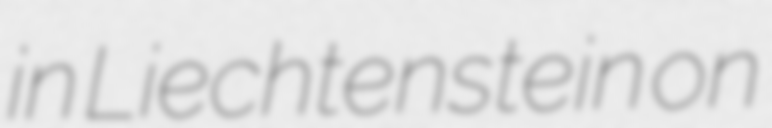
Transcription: in Liechtenstein on